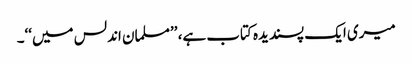
میری ایک پسندیدہ کتاب ہے، ’’مسلمان اندلس میں‘‘۔